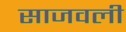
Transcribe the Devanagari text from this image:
साजवली